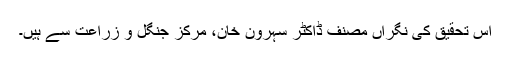
اس تحقیق کی نگراں مصنف ڈاکٹر سہرون خان، مرکز جنگل و زراعت سے ہیں۔